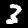
Label: 3